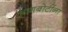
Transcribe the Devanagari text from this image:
आगबोटींना